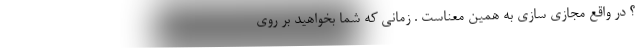
؟ در واقع مجازی سازی به همین معناست . زمانی که شما بخواهید بر روی